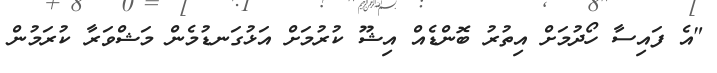
"އެ ފައިސާ ހޯދުމަށް އިތުރު ބޮންޑެއް އިޝޫ ކުރުމަށް އަޅުގަނޑުމެން މަޝްވަރާ ކުރަމުން